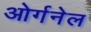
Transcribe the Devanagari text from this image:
ओर्गनेल